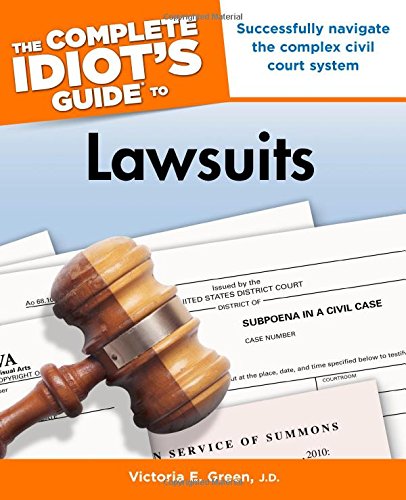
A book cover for The Complete Idiot's Guide to Lawsuits; Victoria E. Green; Law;